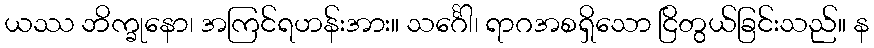
ယဿ ဘိက္ခုနော၊ အကြင်ရဟန်းအား။ သင်္ဂေါ၊ ရာဂအစရှိသော ငြိတွယ်ခြင်းသည်။ န